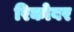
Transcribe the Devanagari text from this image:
रिकोवर